Statistical return of the lunatic asylum in Assam - 1912-1932
Year: 1912
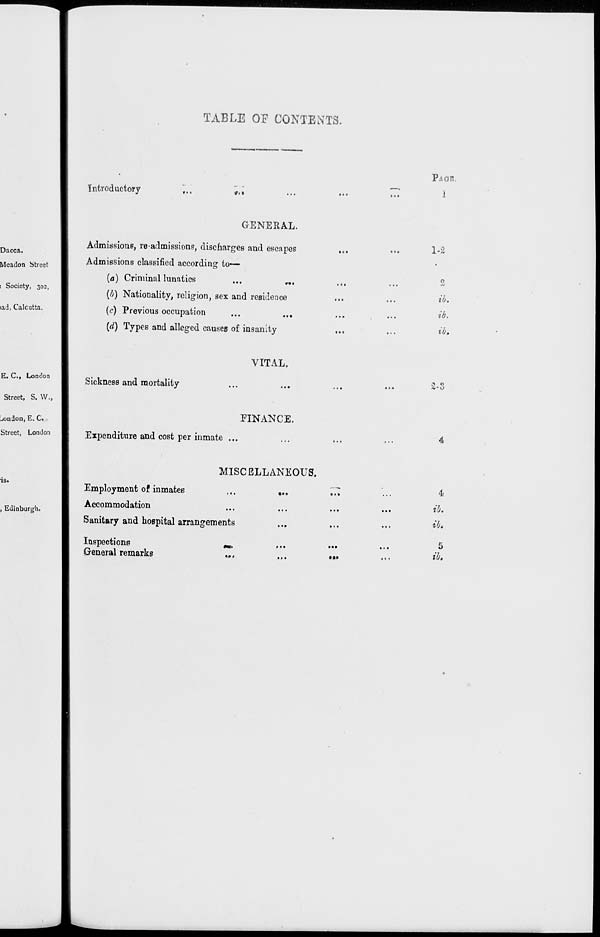
TABLE OF CONTENTS.
Introductory
<f<t
PAGE,
1
Dacca.
Meadoti Street
! Society, 302,
lad, Calcutta.
GENERAL.
Admissions, re-admissions, discharges and escapes
Admissions classified according to—
(a) Criminal lunatics
...
„.
(?J) Nationality, religion, sex and residence
(c) Previous occupation
...
...
(d) Types and alleged causes of insanity
1-2
ib.
ib.
ib.
E. C, London
Street, S. W.,
..ondon, E. C.
Street, London
13.
, Edinburgh.
VITAL.
Sickness and mortality
FINANCE.
Expenditure and cost per inmate ...
MISCELLANEOUS.
Employment of inmates
...
...
Accommodation
Sanitary and hospital arrangements
Inspections
«.
General remarks
...
At-<J
4
ib.
ib,
5
ib.